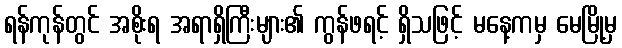
ရန်ကုန်တွင် အစိုးရ အရာရှိကြီးများ၏ ကွန်ဖရင့် ရှိသဖြင့် မနေ့ကမှ မေမြို့မှ